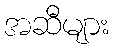
အဆီများ